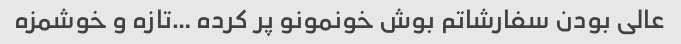
عالی بودن سفارشاتم‌ بوش خونمونو پر کرده …تازه و خوشمزه